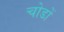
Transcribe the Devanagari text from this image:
चोडों